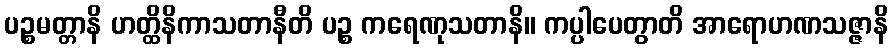
ပဉ္စမတ္တာနိ ဟတ္ထိနိကာသတာနီတိ ပဉ္စ ကရေဏုသတာနိ။ ကပ္ပါပေတွာတိ အာရောဟဏသဇ္ဇာနိ